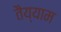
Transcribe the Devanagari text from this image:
तैय्याम